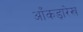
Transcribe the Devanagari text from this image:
आँकड़ारेख